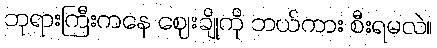
ဘုရားကြီးကနေ ဈေးချိုကို ဘယ်ကား စီးရမလဲ။